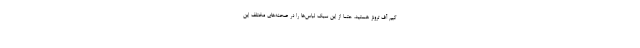
گیم آف ترونز هستید، حتما از این سبک لباس‌ها را در صحنه‌های مختلف این